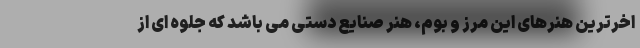
اخرترین هنرهای این مرز و بوم، هنر صنایع دستی می باشد که جلوه ای از